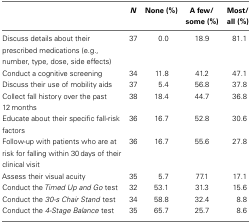
<table><thead><tr><td></td><td><b><i>N</i></b></td><td><b>None (%)</b></td><td><b>A few/some (%)</b></td><td><b>Most/all (%)</b></td></tr></thead><tbody><tr><td>Discuss details about their prescribed medications (e.g., number, type, dose, side effects)</td><td>37</td><td>0.0</td><td>18.9</td><td>81.1</td></tr><tr><td>Conduct a cognitive screening</td><td>34</td><td>11.8</td><td>41.2</td><td>47.1</td></tr><tr><td>Discuss their use of mobility aids</td><td>37</td><td>5.4</td><td>56.8</td><td>37.8</td></tr><tr><td>Collect fall history over the past 12 months</td><td>38</td><td>18.4</td><td>44.7</td><td>36.8</td></tr><tr><td>Educate about their specific fall-risk factors</td><td>36</td><td>16.7</td><td>52.8</td><td>30.6</td></tr><tr><td>Follow-up with patients who are at risk for falling within 30 days of their clinical visit</td><td>36</td><td>16.7</td><td>55.6</td><td>27.8</td></tr><tr><td>Assess their visual acuity</td><td>35</td><td>5.7</td><td>77.1</td><td>17.1</td></tr><tr><td>Conduct the <i>Timed Up and Go</i> test</td><td>32</td><td>53.1</td><td>31.3</td><td>15.6</td></tr><tr><td>Conduct the <i>30-s Chair Stand</i> test</td><td>34</td><td>58.8</td><td>32.4</td><td>8.8</td></tr><tr><td>Conduct the <i>4-Stage Balance</i> test</td><td>35</td><td>65.7</td><td>25.7</td><td>8.6</td></tr></tbody></table>